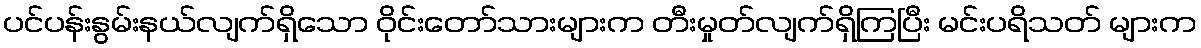
ပင်ပန်းနွမ်းနယ်လျက်ရှိသော ဝိုင်းတော်သားများက တီးမှုတ်လျက်ရှိကြပြီး မင်းပရိသတ် များက